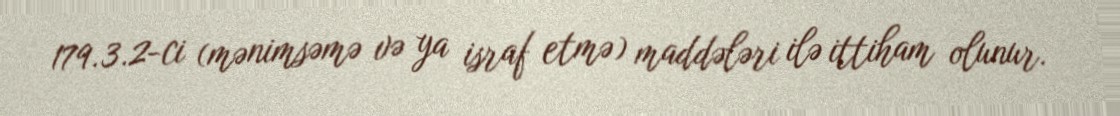
179.3.2-ci (mənimsəmə və ya israf etmə) maddələri ilə ittiham olunur.